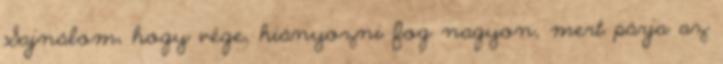
Sajnálom, hogy vége, hiányozni fog nagyon, mert párja az